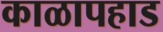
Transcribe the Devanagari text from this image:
काळापहाड